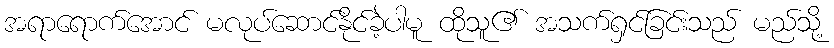
အရာရောက်အောင် မလုပ်ဆောင်နိုင်ခဲ့ပါမူ ထိုသူ၏ အသက်ရှင်ခြင်းသည် မည်သို့